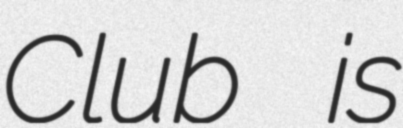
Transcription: Club is